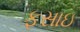
ફસાઇ